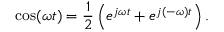
\cos ( \omega t ) = { \frac { 1 } { 2 } } \left( e ^ { j \omega t } + e ^ { j ( - \omega ) t } \right) .